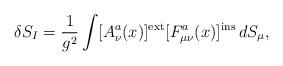
LaTeX: \begin{align*}\delta S_I = \frac{1}{g^2}\int[A^a_\nu(x)]^{\rm ext} [F^a_{\mu\nu}(x)]^{\rm ins}\,dS_\mu,\end{align*}